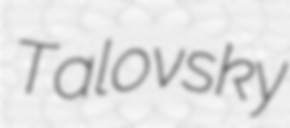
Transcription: Talovsky